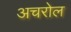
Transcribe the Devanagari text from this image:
अचरोल